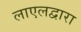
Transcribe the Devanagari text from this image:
लाएलद्वारा